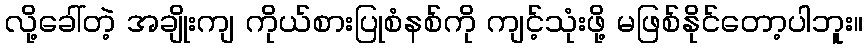
လို့ခေါ်တဲ့ အချိုးကျ ကိုယ်စားပြုစံနစ်ကို ကျင့်သုံးဖို့ မဖြစ်နိုင်တော့ပါဘူး။